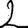
Digit: 2